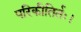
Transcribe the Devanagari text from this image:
परिकीतिर्तः।